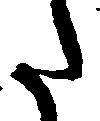
た